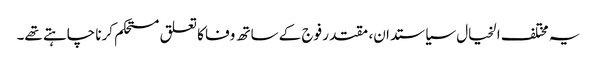
یہ مختلف الخیال سیاستدان، مقتدر فوج کے ساتھ وفا کا تعلق مستحکم کرنا چاہتے تھے۔